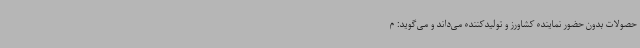
حصولات بدون حضور نماینده کشاورز و تولیدکننده می‌داند و می‌گوید: م